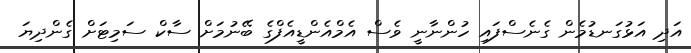
އަދި އަޅުގަނޑުމެން ގެނެސްފައި ހުންނާނީ ވެސް އެމްއެންޑީއެފްގެ ބޭނުމަށް ސާކް ސަމިޓަށް ގެންދިޔަ